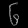
Digit: ၆